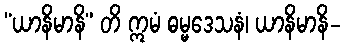
“ယာနိမာနိ” တိ ဣမံ ဓမ္မဒေသနံ၊ ယာနိမာနိ-